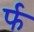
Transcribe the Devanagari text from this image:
र्फ